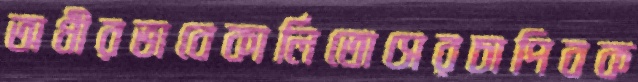
অধীরভাবেকার্লিতোসেরচাপিবক